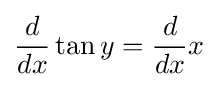
{d \over dx}\tan y={d \over dx}x